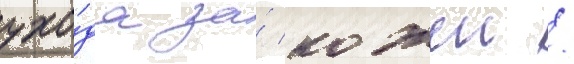
ухо́да за́ кожеи /